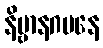
နိဗ္ဗာနဂမနေ